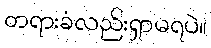
တရားခံလည်းရှာမရပဲ။